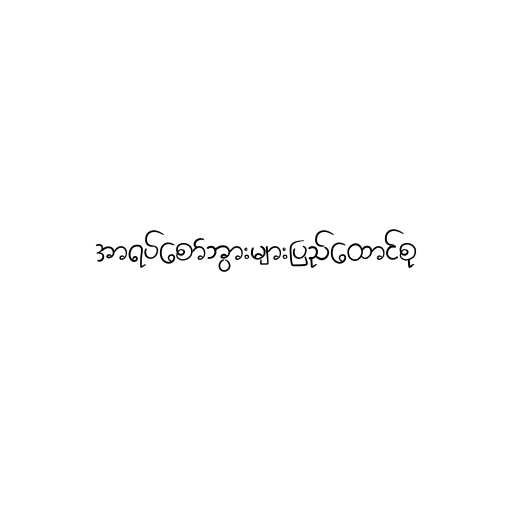
အာရပ်စော်ဘွားများပြည်ထောင်စု